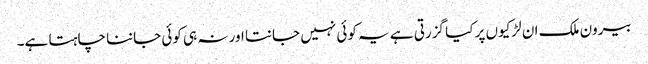
بیرون ملک ان لڑکیوں پر کیا گزرتی ہے یہ کوئی نہیں جانتا اور نہ ہی کوئی جاننا چاہتا ہے۔